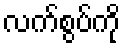
လက်စွပ်ကို